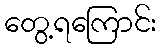
တွေ့ရကြောင်း